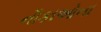
નૌકાઓના